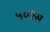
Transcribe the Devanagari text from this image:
५०एस